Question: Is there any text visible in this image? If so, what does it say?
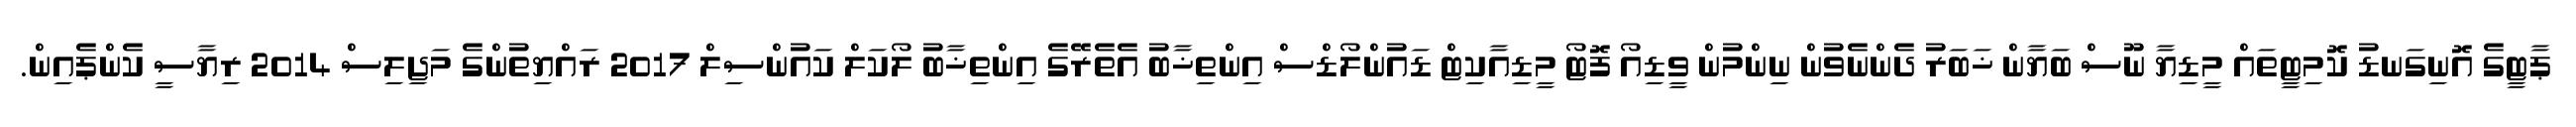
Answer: ޕާޓީގެ އޮނިގަނޑު ކޮމިޓީތައް މީޑިޔާ ނޫސް ބަޔާން ޚަބަރު ދެންނެވުން ނިންމުން ވީޑިއޯ ފޮޓޯ މީޑިއާކިޓް ޑައުންލޯޑްސް އިންތިޚާބު އެތެރޭގެ އިންތިޚާބު ލޯކަލް ކައުންސިލް 2017 ރައްޔިތުންގެ މަޖިލިސް 2014 ރިޔާސީ ކެންޕެއިން.